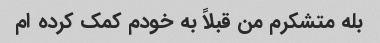
بله متشکرم من قبلاً به خودم کمک کرده ام